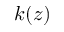
k ( z )